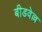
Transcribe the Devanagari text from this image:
बीडवेल्ल